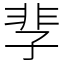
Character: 𩇫